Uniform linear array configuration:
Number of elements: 4
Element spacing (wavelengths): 0.75
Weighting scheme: uniform
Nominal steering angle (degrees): -45
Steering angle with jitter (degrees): -45.622
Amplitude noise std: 0.05
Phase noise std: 0.05

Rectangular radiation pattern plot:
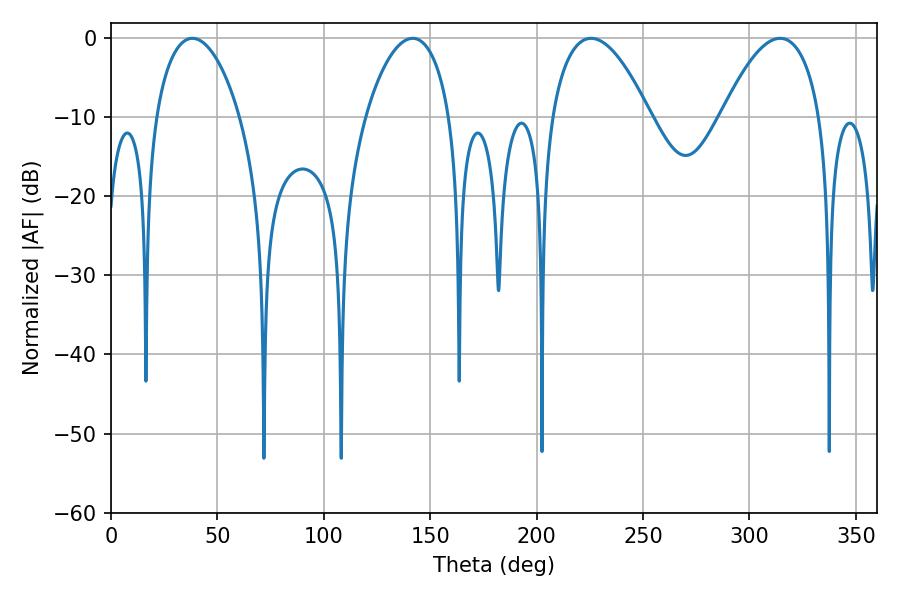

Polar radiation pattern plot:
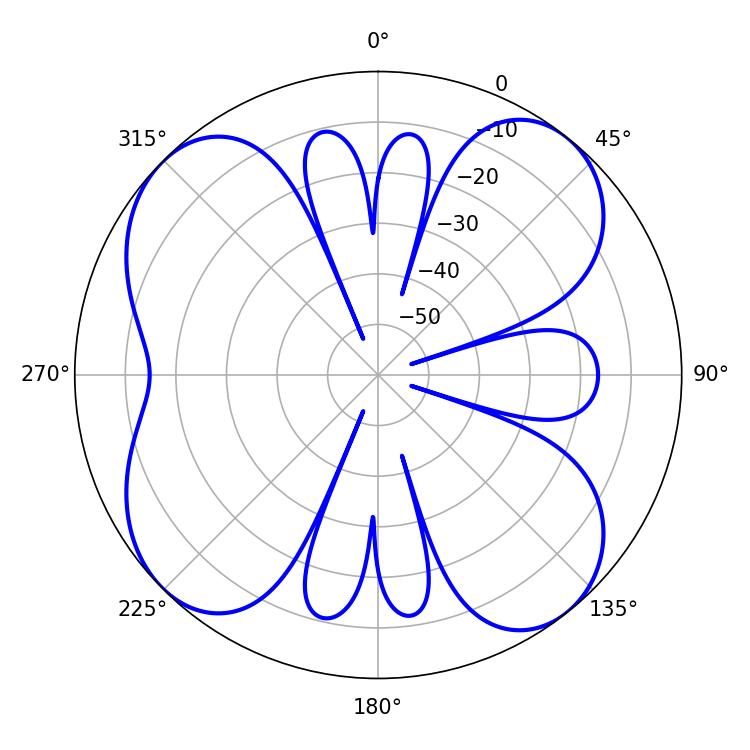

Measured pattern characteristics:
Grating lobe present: TRUE
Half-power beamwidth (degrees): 25.56
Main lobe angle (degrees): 225.54